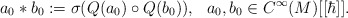
\begin{align*}a_0*b_0:=\sigma(Q(a_0)\circ Q(b_0)),\ \ a_0,b_0\in C^\infty(M)[[\hbar]].\end{align*}